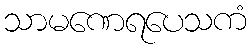
သာမဏေရပေသကံ